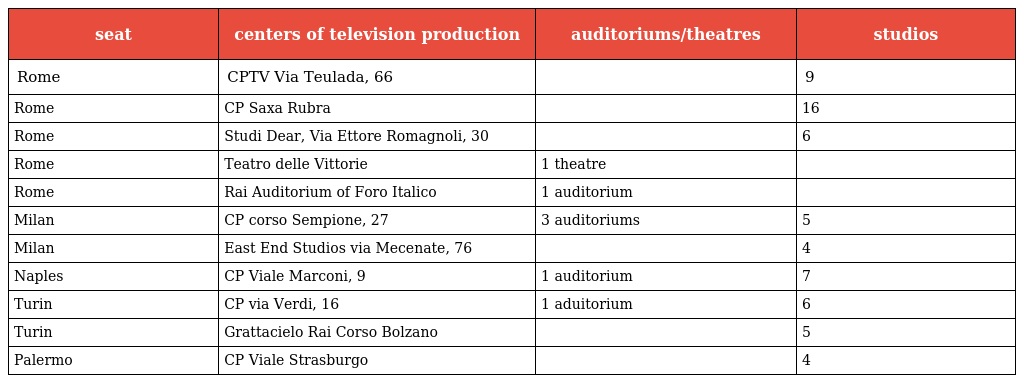
| seat | centers of television production | auditoriums/theatres | studios |
 | --- | --- | --- | --- |
 | Rome | CPTV Via Teulada, 66 |  | 9 |
 | Rome | CP Saxa Rubra |  | 16 |
 | Rome | Studi Dear, Via Ettore Romagnoli, 30 |  | 6 |
 | Rome | Teatro delle Vittorie | 1 theatre |  |
 | Rome | Rai Auditorium of Foro Italico | 1 auditorium |  |
 | Milan | CP corso Sempione, 27 | 3 auditoriums | 5 |
 | Milan | East End Studios via Mecenate, 76 |  | 4 |
 | Naples | CP Viale Marconi, 9 | 1 auditorium | 7 |
 | Turin | CP via Verdi, 16 | 1 aduitorium | 6 |
 | Turin | Grattacielo Rai Corso Bolzano |  | 5 |
 | Palermo | CP Viale Strasburgo |  | 4 |